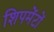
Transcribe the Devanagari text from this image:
शिपमेंटों